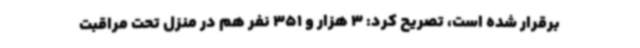
برقرار شده است، تصریح کرد: 3 هزار و 351 نفر هم در منزل تحت مراقبت